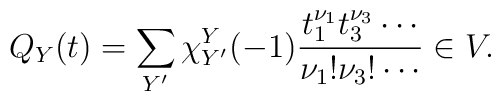
Q_Y(t)=\sum_{Y'}\chi^Y_{Y'}(-1)\frac{t_1^{\nu_1}t_3^{\nu_3}\cdots}{\nu_1!\nu_3!\cdots} \in V.